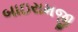
બાઇરામજી